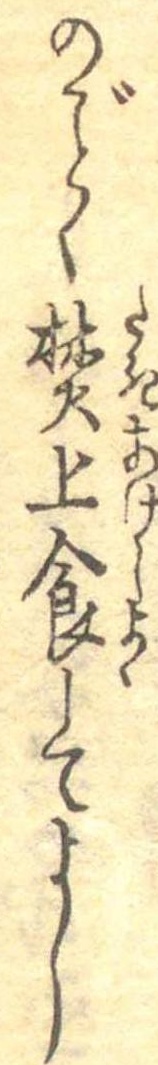
のごとく焚上食してよし